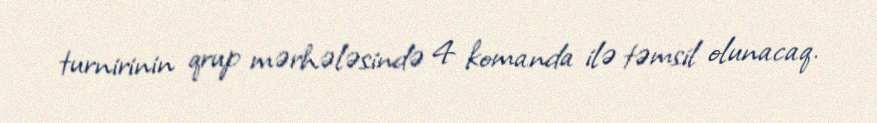
turnirinin qrup mərhələsində 4 komanda ilə təmsil olunacaq.